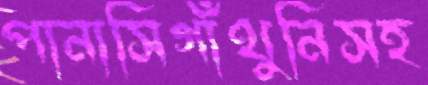
পানাসিগাঁথুনিসহ